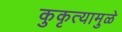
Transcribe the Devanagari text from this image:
कुकृत्यामुळे